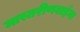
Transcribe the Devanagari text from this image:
मास्तरीणबाईंना